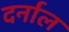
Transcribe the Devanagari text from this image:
दर्नाल